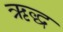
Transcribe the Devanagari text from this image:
ऋद्ध